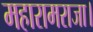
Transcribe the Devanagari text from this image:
महारामराजा।